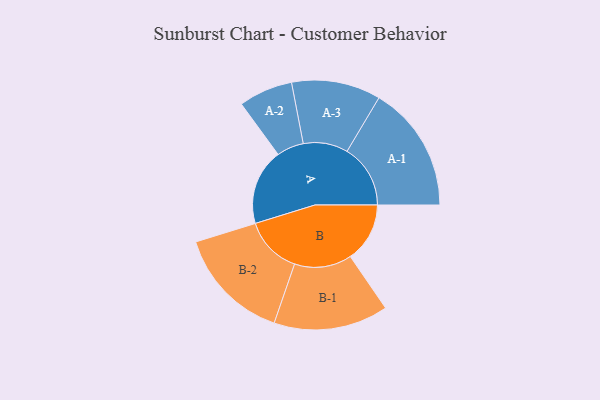
{"axis": {"x": "Segment", "y": "Value"}, "legend": ["", "A", "B"], "data": [{"x": "A", "y": 312, "type": ""}, {"x": "B", "y": 244, "type": ""}, {"x": "A-1", "y": 260, "type": "A"}, {"x": "A-2", "y": 111, "type": "A"}, {"x": "A-3", "y": 183, "type": "A"}, {"x": "B-1", "y": 235, "type": "B"}, {"x": "B-2", "y": 236, "type": "B"}]}